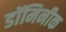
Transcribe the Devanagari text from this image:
डॉमिनीक